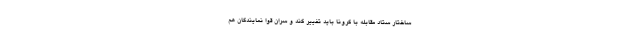
ساختار ستاد مقابله با کرونا باید تغییر کند و سران قوا نمایندگان هم